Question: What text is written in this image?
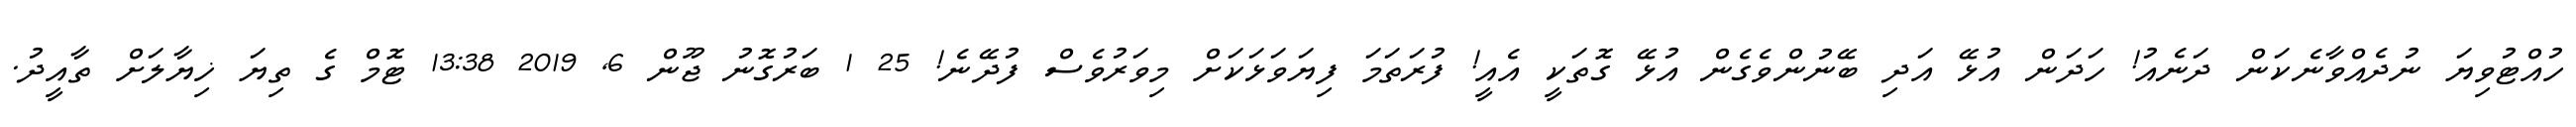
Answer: ހުއްޓުވިޔަ ނުދެއްވާނެކަން ދަނެއު! ހަދަން އުޅޭ އަދި ބޭނުންވެގެން އުޅޭ ގޮތަކީ އެއީ! ފުރަތަމަ ފިޔަވަޅަކަށް މިވަރުވެސް ފުދޭނެ! 25 1 ބަރުގޮނު ޖޫން 6, 2019 13:38 ޓޮމް ގެ ތިޔަ ޚިޔާލަށް ތާއީދު.